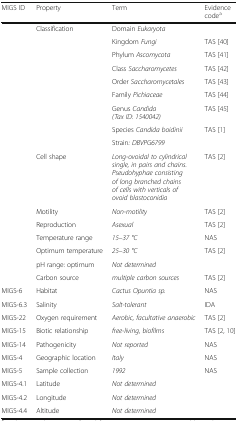
<table><thead><tr><td><b>MIGS ID</b></td><td><b>Property</b></td><td><b>Term</b></td><td><b>Evidence code<sup>a</sup></b></td></tr></thead><tbody><tr><td></td><td>Classification</td><td>Domain <i>Eukaryota</i></td><td></td></tr><tr><td></td><td></td><td>Kingdom <i>Fungi</i></td><td>TAS [40]</td></tr><tr><td></td><td></td><td>Phylum <i>Ascomycota</i></td><td>TAS [41]</td></tr><tr><td></td><td></td><td>Class <i>Saccharomycetes</i></td><td>TAS [42]</td></tr><tr><td></td><td></td><td>Order <i>Saccharomycetales</i></td><td>TAS [43]</td></tr><tr><td></td><td></td><td>Family <i>Pichiaceae</i></td><td>TAS [44]</td></tr><tr><td></td><td></td><td>Genus <i>Candida (Tax ID: 1540042)</i></td><td>TAS [45]</td></tr><tr><td></td><td></td><td>Species <i>Candida boidinii</i></td><td>TAS [1]</td></tr><tr><td></td><td></td><td>Strain<i>: DBVPG6799</i></td><td></td></tr><tr><td></td><td>Cell shape</td><td><i>Long-ovoidal to cylindrical single, in pairs and chains. Pseudohyphae consisting of long branched chains of cells with verticals of ovoid blastoconidia</i></td><td>TAS [2]</td></tr><tr><td></td><td>Motility</td><td><i>Non-motility</i></td><td>TAS [2]</td></tr><tr><td></td><td>Reproduction</td><td><i>Asexual</i></td><td>TAS [2]</td></tr><tr><td></td><td>Temperature range</td><td><i>15–37 °C</i></td><td>NAS</td></tr><tr><td></td><td>Optimum temperature</td><td><i>25–30 °C</i></td><td>TAS [2]</td></tr><tr><td></td><td>pH range: optimum</td><td><i>Not determined</i></td><td></td></tr><tr><td></td><td>Carbon source</td><td><i>multiple carbon sources</i></td><td>TAS [2]</td></tr><tr><td>MIGS-6</td><td>Habitat</td><td><i>Cactus Opuntia sp.</i></td><td>NAS</td></tr><tr><td>MIGS-6.3</td><td>Salinity</td><td><i>Salt-tolerant</i></td><td>IDA</td></tr><tr><td>MIGS-22</td><td>Oxygen requirement</td><td><i>Aerobic, facultative anaerobic</i></td><td>TAS [2]</td></tr><tr><td>MIGS-15</td><td>Biotic relationship</td><td><i>free-living, biofilms</i></td><td>TAS [2, 10]</td></tr><tr><td>MIGS-14</td><td>Pathogenicity</td><td><i>Not reported</i></td><td>NAS</td></tr><tr><td>MIGS-4</td><td>Geographic location</td><td><i>Italy</i></td><td>NAS</td></tr><tr><td>MIGS-5</td><td>Sample collection</td><td><i>1992</i></td><td>NAS</td></tr><tr><td>MIGS-4.1</td><td>Latitude</td><td><i>Not determined</i></td><td></td></tr><tr><td>MIGS-4.2</td><td>Longitude</td><td><i>Not determined</i></td><td></td></tr><tr><td>MIGS-4.4</td><td>Altitude</td><td><i>Not determined</i></td><td></td></tr></tbody></table>